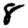
Digit: 8